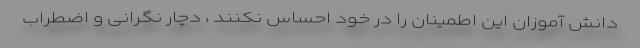
دانش آموزان این اطمینان را در خود احساس نکنند ، دچار نگرانی و اضطراب